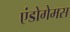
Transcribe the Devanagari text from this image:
एंडोगेमस